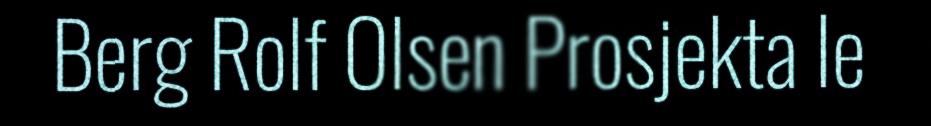
Berg Rolf Olsen Prosjekta le